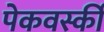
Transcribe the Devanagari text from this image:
पेकवर्स्की